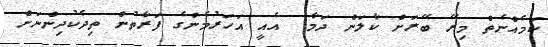
ކަމެއްނެތް މިރޭ ބޭރަށް ކާލަން ދަމާ  އެެއީ އަހަރުމެންގެ ފަރާތުން ތިދެކުދިންނަށް